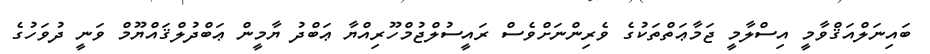
ބައިނަލްއަޤްވާމީ އިސްލާމީ ޖަމާޢަތްތަކުގެ ވެރިންނަށްވެސް ރައީސުލްޖުމްހޫރިއްޔާ ޢަބްދު ޔާމީން ޢަބްދުލްޤައްޔޫމް ވަނީ ދުވަހުގެ